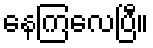
နေကြလေပြီ။